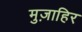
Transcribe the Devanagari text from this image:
मुज़ाहिर